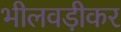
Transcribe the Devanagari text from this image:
भीलवड़ीकर